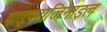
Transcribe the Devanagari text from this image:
पाइपराजिनाइल